Indian journal of veterinary science and animal husbandry - Volumes 22-23, 1952-1953
Year: 1952
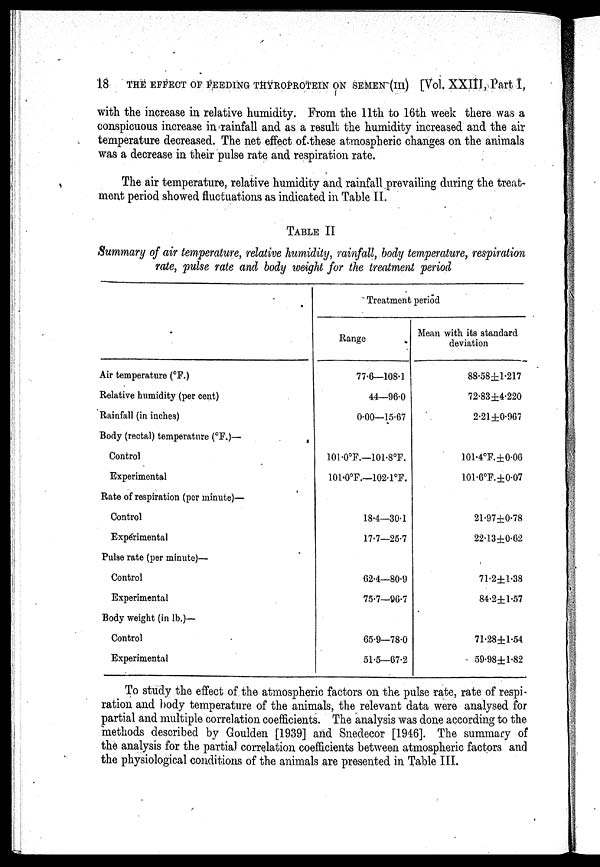
18
THE EFFECT OF FEEDING THYROPROTEIN ON SEMEN (III) [Vol. XXIII, Part I.
with the increase in relative humidity. From the 11th to 16th week there was a
conspicuous increase in rainfall and as a result the humidity increased and the air
temperature decreased. The net effect of these atmospheric changes on the animals
was a decrease in their pulse rate and respiration rate.
The air temperature, relative humidity and rainfall prevailing during the treat-
ment period showed fluctuations as indicated in Table II.
TABLE II
Summary of air temperature, relative humidity, rainfall, body temperature, respiration
rate, pulse rate and body weight for the treatment period
Air temperature (°F.)
Relative humidity (per cent)
Rainfall (in inches)
Body (rectal) temperature (°F.)—
Control
Experimental
Rate of respiration (per minute)—
Control
Experimental
Pulse rate (per minute)—
Control
Experimental
Body weight (in lb.)—
Control
Experimental
Treatment period
Range
77.6—108.1
44—96.0
0.00—15.67
101.0°F.—101.S°F.
10l.0°F.—102.1°F.
18.4—30.1
17.7—25.7
62.4—80.9
75.7—36.7
65.9—78.0
51.5—67.2
Mean with its standard
deviation
88.58±1.217
72.83±4.220
2.21±0.967
101.4°F.±0.06
101.6°F.±0.07
21.97±0.78
22.13±0.62
71.2±l.38
84.2±1.57
71.28±l.54
59.98±1.82
To study the effect of the atmospheric factors on the pulse rate, rate of respi-
ration and body temperature of the animals, the relevant data were analysed for
partial and multiple correlation coefficients. The analysis was done according to the
methods described by Goulden [1939] and Snedecor [1946]. The summary of
the analysis for the partial correlation coefficients between atmospheric factors and
the physiological conditions of the animals are presented in Table III.